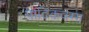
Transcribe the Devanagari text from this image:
पाटिकवग्ग